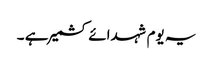
یہ یوم شہدائے کشمیر ہے ۔